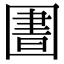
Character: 圕